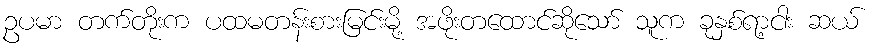
ဥပမာ တက်တိုးက ပထမတန်းစားမြင်းမို့ အဖိုးတထောင်ဆိုသော် သူက ခုနှစ်ရာ့ငါး ဆယ်